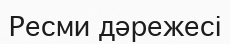
Ресми дәрежесі